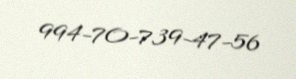
994-70-739-47-56